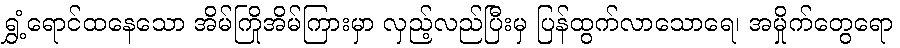
ရွှံ့ရောင်ထနေသော အိမ်ကြိုအိမ်ကြားမှာ လှည့်လည်ပြီးမှ ပြန်ထွက်လာသောရေ၊ အမှိုက်တွေရော